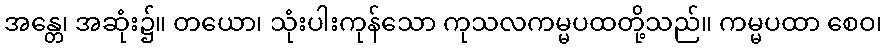
အန္တေ၊ အဆုံး၌။ တယော၊ သုံးပါးကုန်သော ကုသလကမ္မပထတို့သည်။ ကမ္မပထာ စေဝ၊